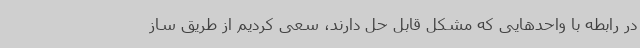
در رابطه با واحدهایی که مشکل قابل حل دارند، سعی کردیم از طریق ساز